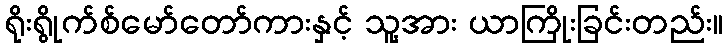
ရိုးရွိုက်စ်မော်တော်ကားနှင့် သူ့အား ယာကြိုးခြင်းတည်း။